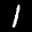
Label: 1